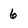
Character: 6